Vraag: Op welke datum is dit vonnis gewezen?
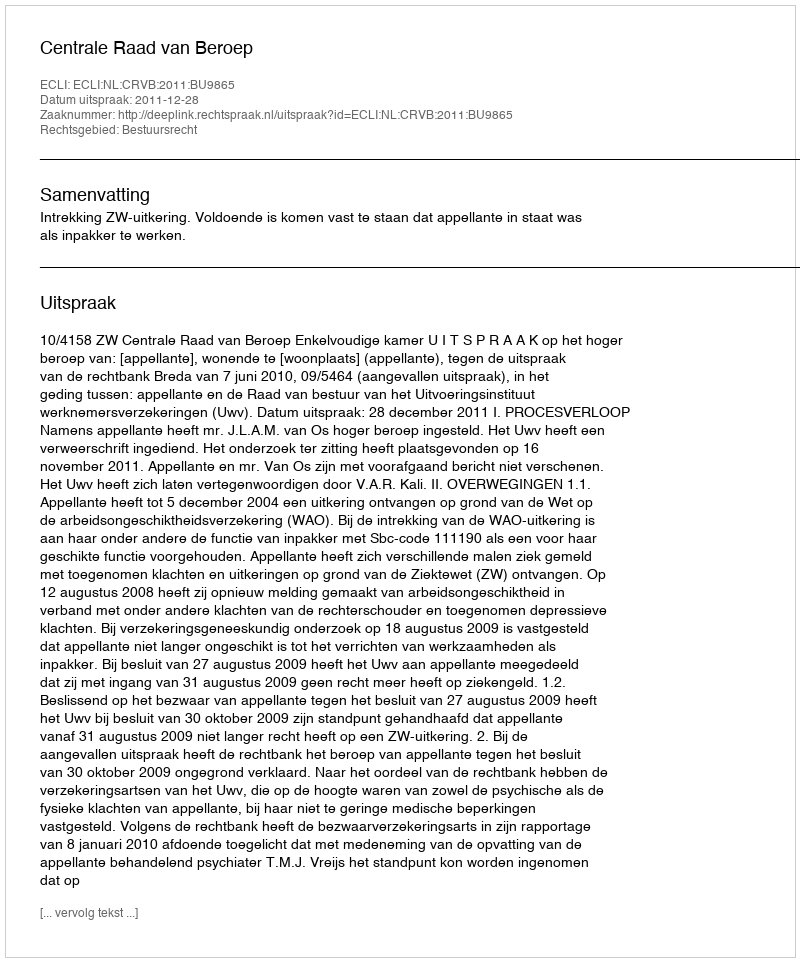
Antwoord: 2011-12-28